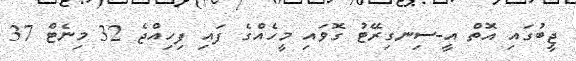
ޖީބުގައި އޮތް އީ-ސިނގިރޭޓު ގޮވައި މީހެއްގެ ފައި ފިހިއްޖެ 32 މިނެޓް 37